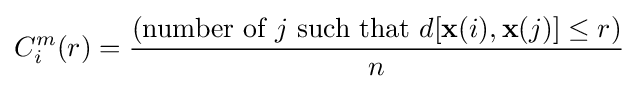
C_{i}^{m}(r)={({\text{number of }}j{\text{ such that }}d[\mathbf {x} (i),\mathbf {x} (j)]\leq r) \over n}